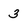
Character: 3